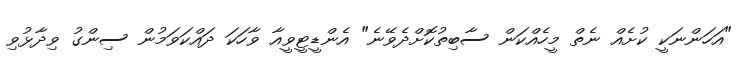
"އަހަންނަކީ ކުށެއް ނެތް މީހެއްކަން ސާބިތުކޮށްދެވޭނެ" އެންޑީޓީވީއާ ވާހަކަ ދައްކަވަމުން ސިންގު ވިދާޅުވި